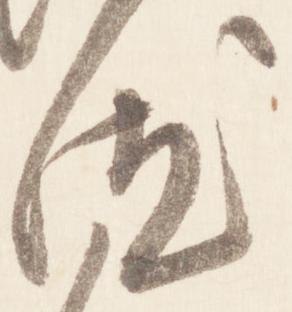
汰